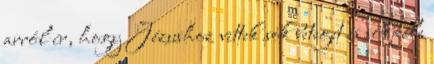
arról ír, hogy Jézushoz vittek sok beteget és sokféle